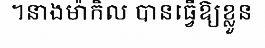
។នាងម៉ាកិល បានធ្វើឱ្យខ្លួន